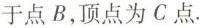
于点B，顶点为C点.